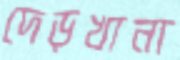
দেড়খানা